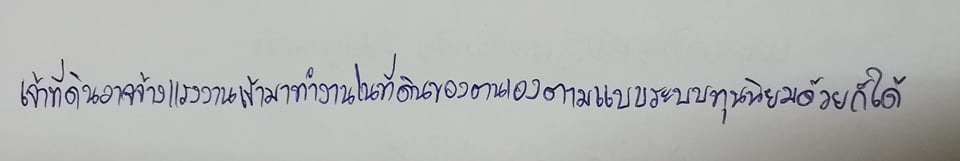
เจ้าที่ดินอาจจ้างแรงงานเข้ามาทำงานในที่ดินของตนเองตามแบบระบบทุนนิยมด้วยก็ได้